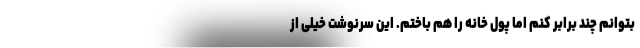
بتوانم چند برابر کنم اما پول خانه را هم باختم. این سرنوشت خیلی از